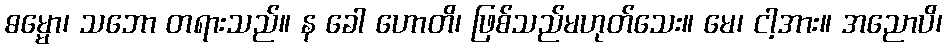
ဓမ္မော၊ သဘော တရားသည်။ န ခေါ ဟောတိ၊ ဖြစ်သည်မဟုတ်သေး။ မေ၊ ငါ့အား။ အညောပိ၊